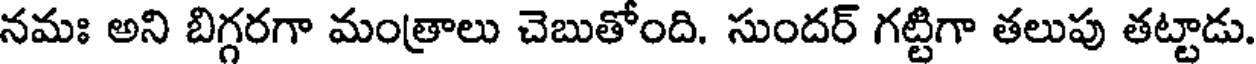
నమః అని బిగ్గరగా మంత్రాలు చెబుతోంది. సుందర్ గట్టిగా తలుపు తట్టాడు.